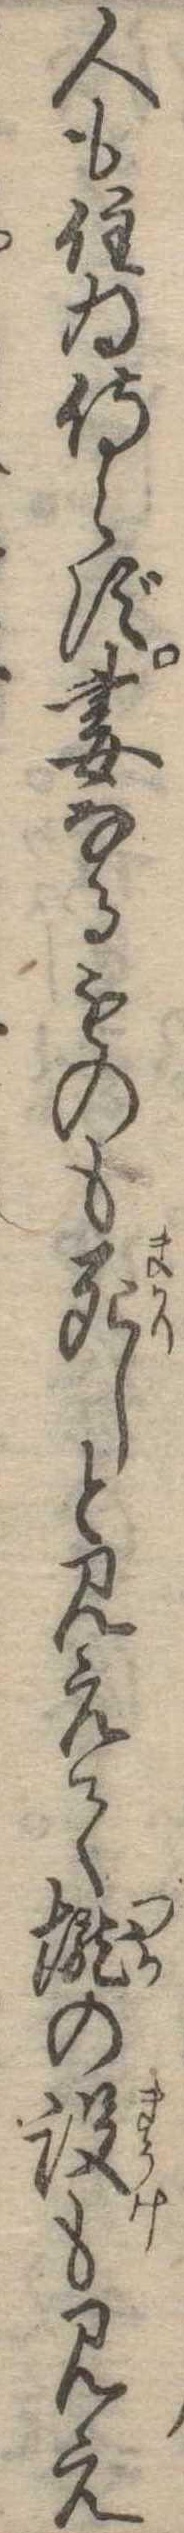
人も住ゐ侍らず妻なるものも死しと見えて壟の設も見え